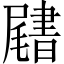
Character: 𡳩